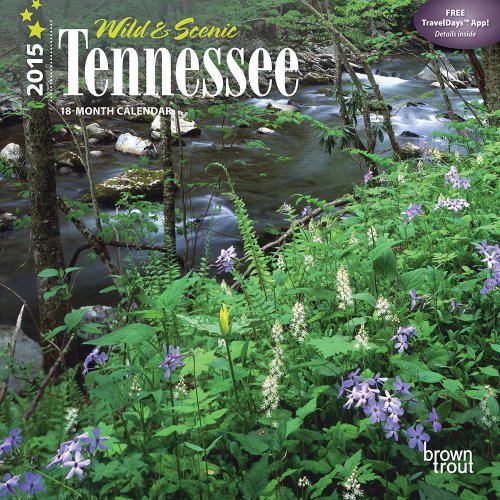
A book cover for Tennessee, Wild & Scenic 2015 Mini 7x7; Browntrout Publishers; Calendars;